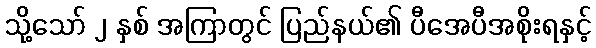
သို့သော် ၂ နှစ် အကြာတွင် ပြည်နယ်၏ ပီအေပီအစိုးရနှင့်